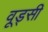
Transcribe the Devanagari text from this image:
वूड्सी